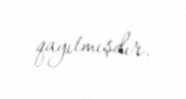
qayıtmışdır.